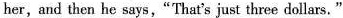
her,and then he says,"That's just three dollars."